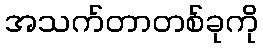
အသက်တာတစ်ခုကို